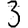
Digit: 3